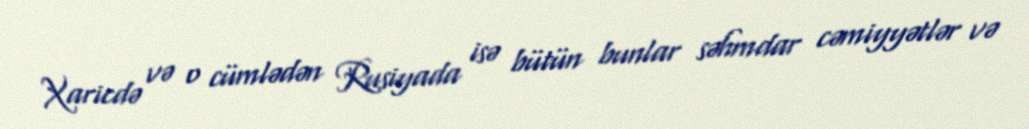
Xaricdə və o cümlədən Rusiyada isə bütün bunlar səhmdar cəmiyyətlər və